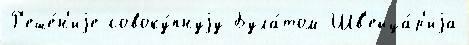
Р'еше́н'иjе совоку́пнуjу Була́том Шв'ейца́р'иjа